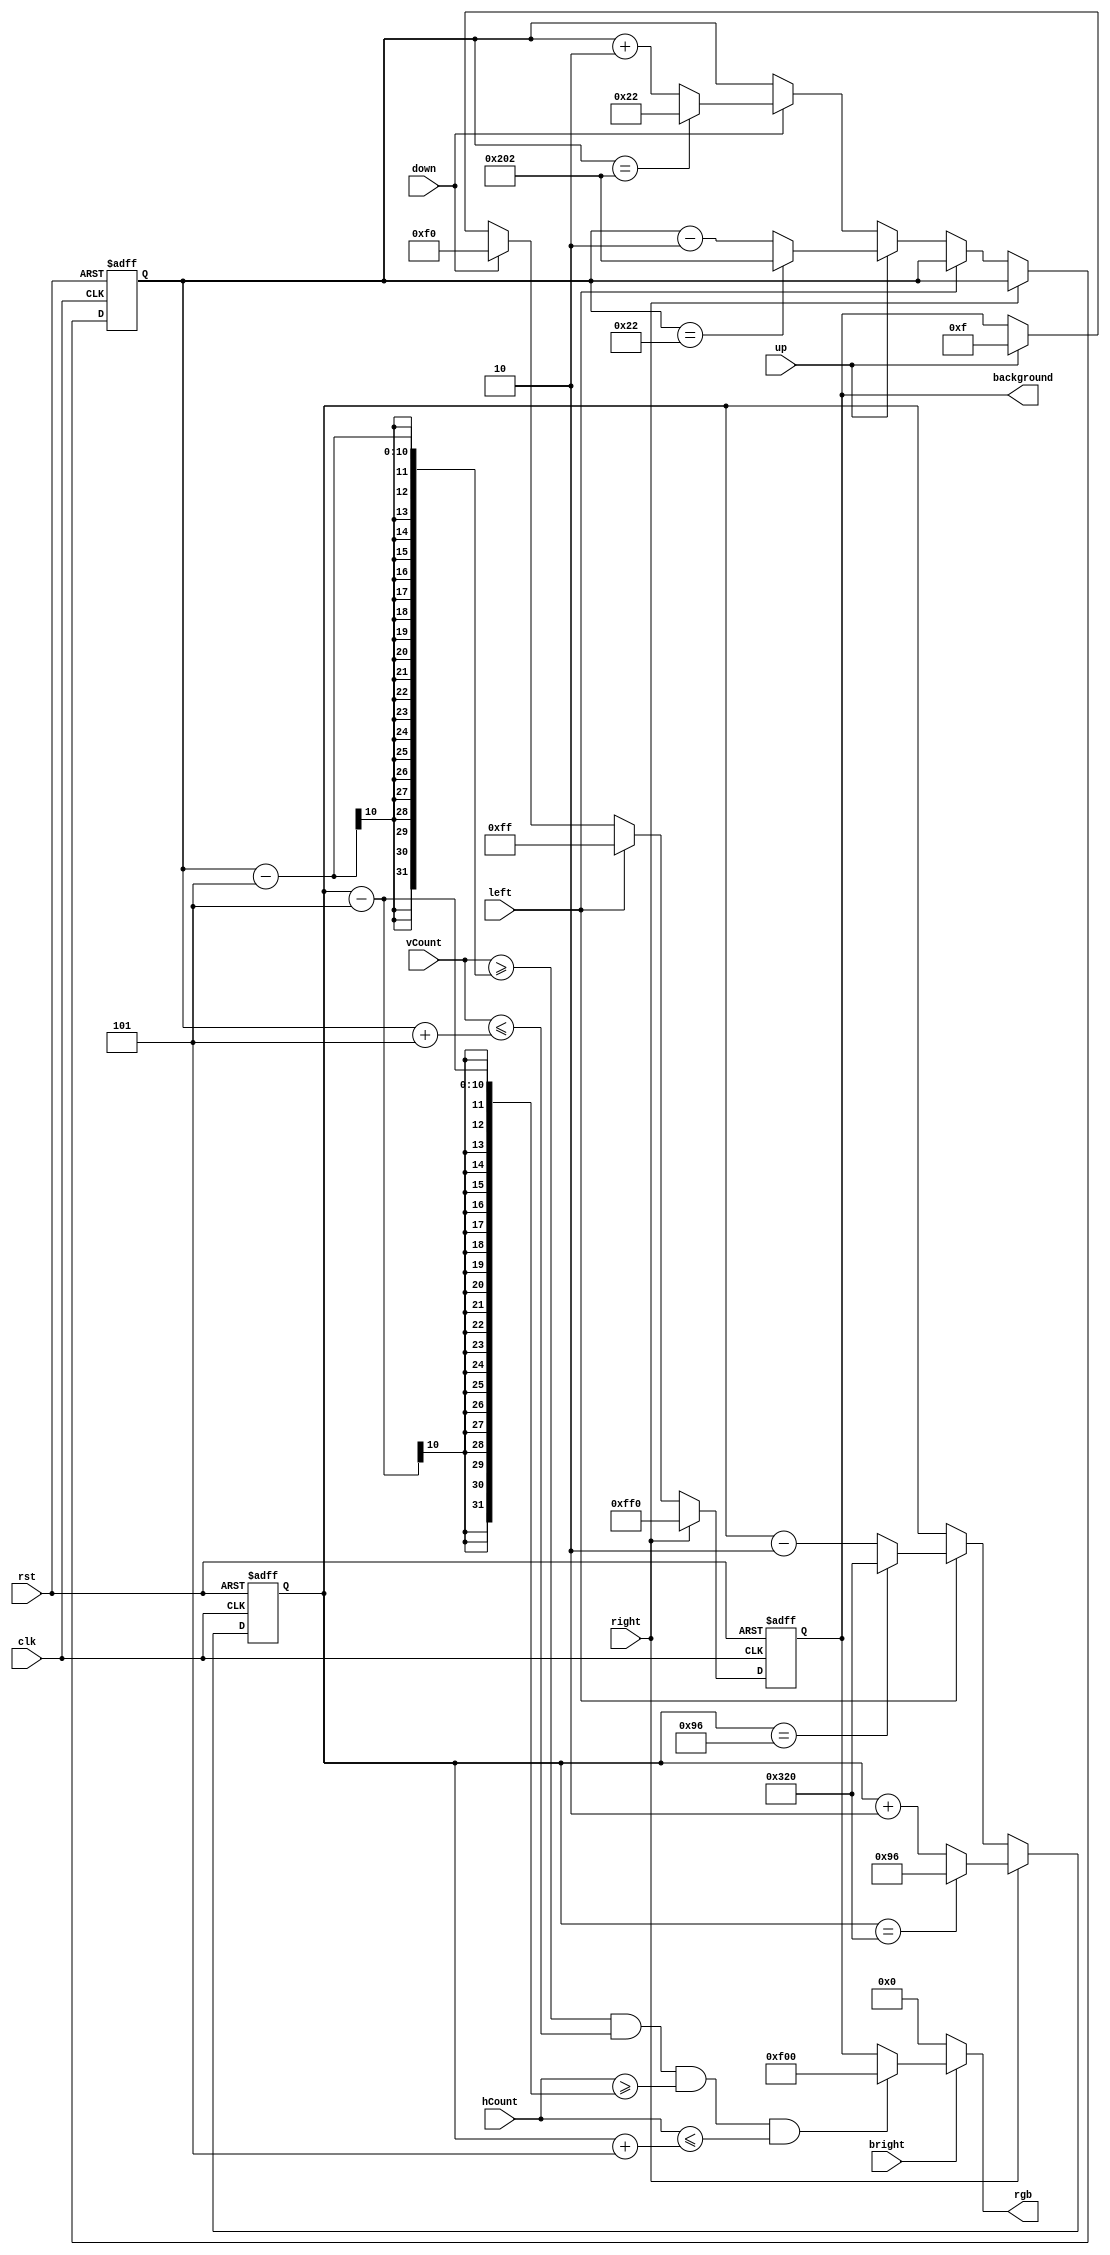
`timescale 1ns / 1ps

module block_controller(
	input clk, //this clock must be a slow enough clock to view the changing positions of the objects
	input bright,
	input rst,
	input up, input down, input left, input right,
	input [9:0] hCount, vCount,
	output reg [11:0] rgb,
	output reg [11:0] background
   );
	wire block_fill;
	
	//these two values dictate the center of the block, incrementing and decrementing them leads the block to move in certain directions
	reg [9:0] xpos, ypos;
	
	parameter RED   = 12'b1111_0000_0000;
	
	/*when outputting the rgb value in an always block like this, make sure to include the if(~bright) statement, as this ensures the monitor 
	will output some data to every pixel and not just the images you are trying to display*/
	always@ (*) begin
    	if(~bright )	//force black if not inside the display area
			rgb = 12'b0000_0000_0000;
		else if (block_fill) 
			rgb = RED; 
		else	
			rgb=background;
	end
		//the +-5 for the positions give the dimension of the block (i.e. it will be 10x10 pixels)
	assign block_fill=vCount>=(ypos-5) && vCount<=(ypos+5) && hCount>=(xpos-5) && hCount<=(xpos+5);
	
	always@(posedge clk, posedge rst) 
	begin
		if(rst)
		begin 
			//rough values for center of screen
			xpos<=450;
			ypos<=250;
		end
		else if (clk) begin
		
		/* Note that the top left of the screen does NOT correlate to vCount=0 and hCount=0. The display_controller.v file has the 
			synchronizing pulses for both the horizontal sync and the vertical sync begin at vcount=0 and hcount=0. Recall that after 
			the length of the pulse, there is also a short period called the back porch before the display area begins. So effectively, 
			the top left corner corresponds to (hcount,vcount)~(144,35). Which means with a 640x480 resolution, the bottom right corner 
			corresponds to ~(783,515).  
		*/
			if(right) begin
				xpos<=xpos+2; //change the amount you increment to make the speed faster 
				if(xpos==800) //these are rough values to attempt looping around, you can fine-tune them to make it more accurate- refer to the block comment above
					xpos<=150;
			end
			else if(left) begin
				xpos<=xpos-2;
				if(xpos==150)
					xpos<=800;
			end
			else if(up) begin
				ypos<=ypos-2;
				if(ypos==34)
					ypos<=514;
			end
			else if(down) begin
				ypos<=ypos+2;
				if(ypos==514)
					ypos<=34;
			end
		end
	end
	
	//the background color reflects the most recent button press
	always@(posedge clk, posedge rst) begin
		if(rst)
			background <= 12'b1111_1111_1111;
		else 
			if(right)
				background <= 12'b1111_1111_0000;
			else if(left)
				background <= 12'b0000_1111_1111;
			else if(down)
				background <= 12'b0000_1111_0000;
			else if(up)
				background <= 12'b0000_0000_1111;
	end

	
	
endmodule